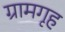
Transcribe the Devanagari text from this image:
ग्रामगृह